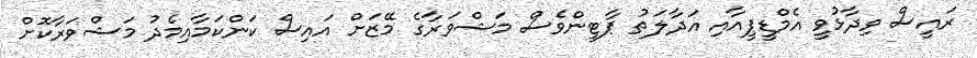
ރައީސް ވިދާޅުވީ އެމްޑީޕީއާއި އަދާލަތު ޕާޓީންވެސް މަޝްވަރާގެ މޭޒަށް އައިސް ކަންކަމާއިމެދު މަޝްވަރާކޮށް